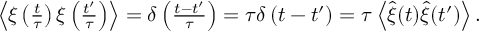
\begin{array} { r } { \left\langle \xi \left( \frac { t } { \tau } \right) \xi \left( \frac { t ^ { \prime } } { \tau } \right) \right\rangle = \delta \left( \frac { t - t ^ { \prime } } { \tau } \right) = \tau \delta \left( t - t ^ { \prime } \right) = \tau \left\langle \hat { \xi } ( t ) \hat { \xi } ( t ^ { \prime } ) \right\rangle . } \end{array}